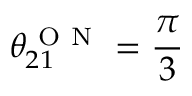
\theta _ { 2 1 } ^ { \mathrm { ~ O ~ N ~ } } = \frac { \pi } { 3 }